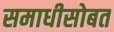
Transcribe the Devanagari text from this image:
समाधीसोबत